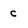
Character: c